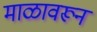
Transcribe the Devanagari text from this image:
माळावरून